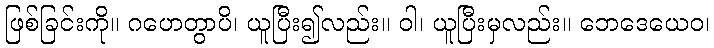
ဖြစ်ခြင်းကို။ ဂဟေတွာပိ၊ ယူပြီး၍လည်း။ ဝါ၊ ယူပြီးမှလည်း။ ဘေဒေယေဝ၊